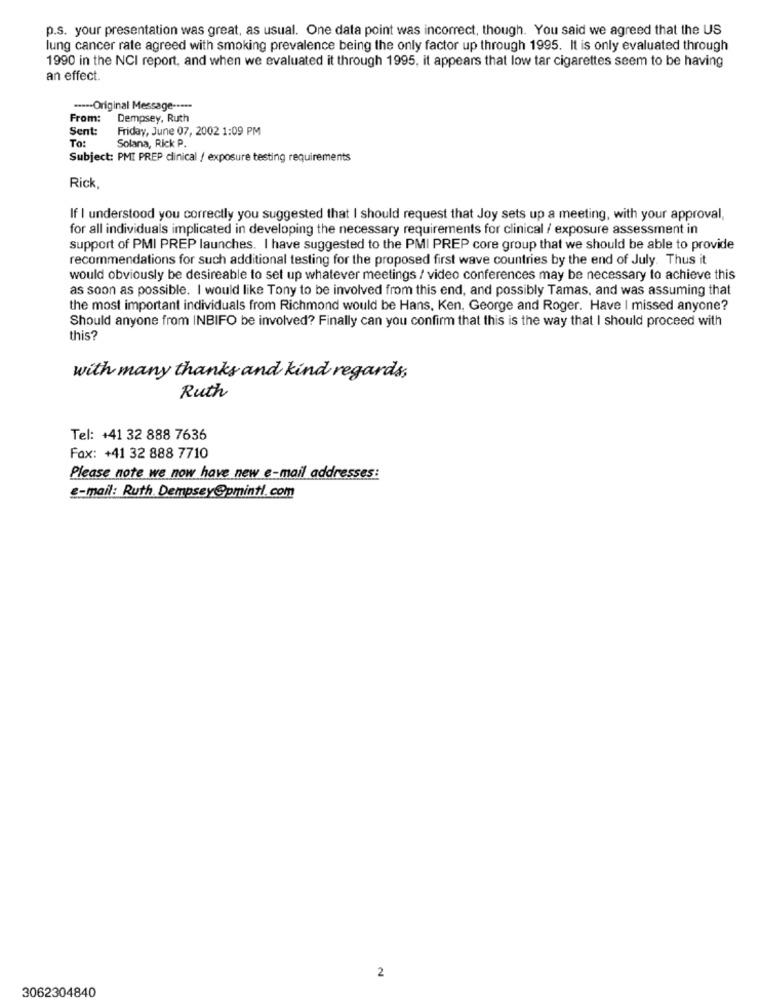
p.s. your presentation was great, as usual. One data point was incorrect, though. You said we agreed that the US
lung cancer rate agreed with smoking prevalence being the only factor up through 1995. It is only evaluated through
1990 in the NCI report, and when we evaluated it through 1995, it appears that low tar cigarettes seem to be having
an effect.
**--- Original Message -....
From:
Dempsey, Ruth
Sent:
Friday, June 07, 2002 1:09 PM
To:
Solana, Rick P.
Subject: PMI PREP clinical / exposure testing requirements
Rick
If I understood you correctly you suggested that I should request that Joy sets up a meeting, with your approval,
for all individuals implicated in developing the necessary requirements for clinical / exposure assessment in
support of PMI PREP launches. I have suggested to the PMI PREP core group that we should be able to provide
recommendations for such additional testing for the proposed first wave countries by the end of July. Thus it
would obviously be desireable to set up whatever meetings / video conferences may be necessary to achieve this
as soon as possible. I would like Tony to be involved from this end, and possibly Tamas, and was assuming that
the most important individuals from Richmond would be Hans, Ken, George and Roger. Have I missed anyone?
Should anyone from INBIFO be involved? Finally can you confirm that this is the way that I should proceed with
this?
with many thanks and kind regards,
Ruth
Tel: +41 32 888 7636
Fax: +41 32 888 7710
Please note we now have new e-mail addresses:
e-mail: Ruth.Dempsey@pmintl.com
2
3062304840